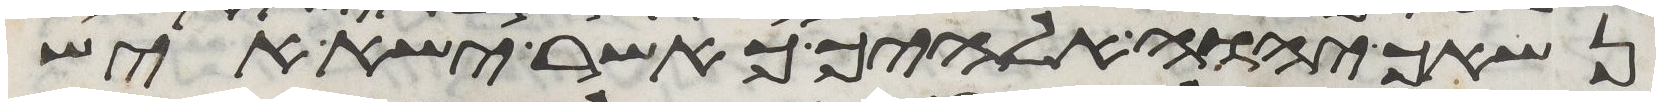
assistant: נשאך יהוה אלהיך כאשר ישא איש